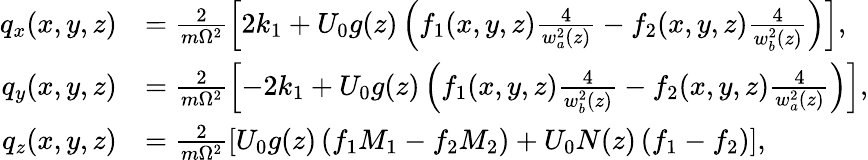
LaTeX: \begin{array}{rl}{q_{x}(x,y,z)}&{=\frac{2}{m\Omega^{2}}\left[2k_{1}+U_{0}g(z)\left(f_{1}(x,y,z)\frac{4}{w_{a}^{2}(z)}-f_{2}(x,y,z)\frac{4}{w_{b}^{2}(z)}\right)\right],}\\ {q_{y}(x,y,z)}&{=\frac{2}{m\Omega^{2}}\left[-2k_{1}+U_{0}g(z)\left(f_{1}(x,y,z)\frac{4}{w_{b}^{2}(z)}-f_{2}(x,y,z)\frac{4}{w_{a}^{2}(z)}\right)\right],}\\ {q_{z}(x,y,z)}&{=\frac{2}{m\Omega^{2}}\left[U_{0}g(z)\left(f_{1}M_{1}-f_{2}M_{2}\right)+U_{0}N(z)\left(f_{1}-f_{2}\right)\right],}\end{array}